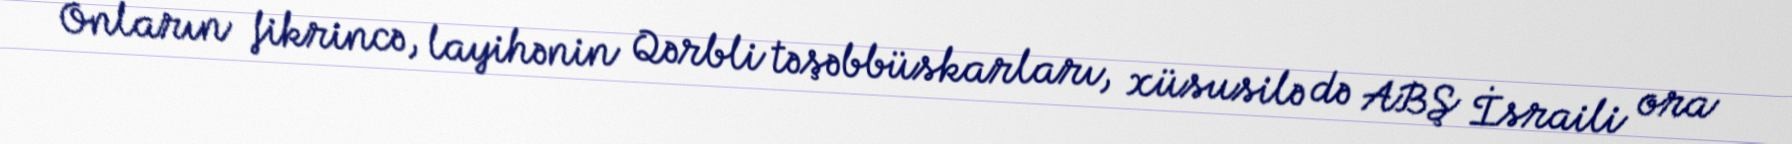
Onların fikrincə, layihənin Qərbli təşəbbüskarları, xüsusilə də ABŞ İsraili ora